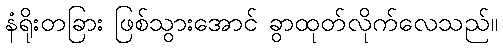
နံရိုးတခြား ဖြစ်သွားအောင် ခွာထုတ်လိုက်လေသည်။